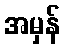
အမှန်